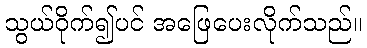
သွယ်ဝိုက်၍ပင် အဖြေပေးလိုက်သည်။